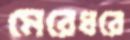
মেরেধরে